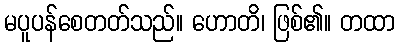
မပူပန်စေတတ်သည်။ ဟောတိ၊ ဖြစ်၏။ တထာ